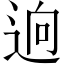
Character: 逈